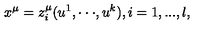
x ^ { \mu } = z _ { i } ^ { \mu } ( u ^ { 1 } , \cdot \cdot \cdot , u ^ { k } ) , i = 1 , . . . , l ,